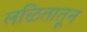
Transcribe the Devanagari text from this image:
लळितातून